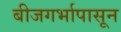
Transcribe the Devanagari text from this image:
बीजगर्भापासून